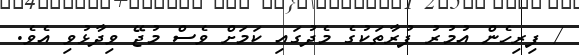
/ ފިރިހެން އުމުރު ފުރާތަކުގެ މެދުގައި ކަމަށް ވެސް މުޖޭ ވިދާޅުވި އެވެ.